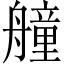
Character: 艟